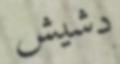
دشيش